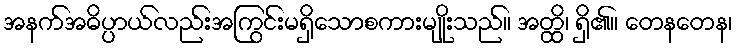
အနက်အဓိပ္ပာယ်လည်းအကြွင်းမရှိသောစကားမျိုးသည်။ အတ္ထိ၊ ရှိ၏။ တေနတေန၊